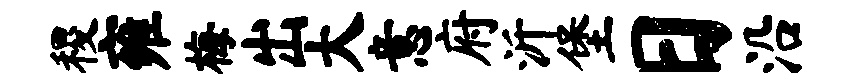
稷雍梅出大意府沂堡日沿